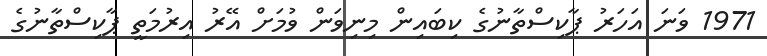
1971 ވަނަ އަހަރު ޕާކިސްތާނުގެ ކިބައިން މިނިވަން ވުމަށް އޭރު އިރުމަތީ ޕާކިސްތާނުގެ